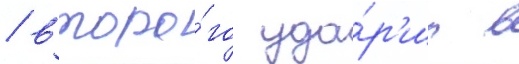
/ второ́го уда́р'ил в